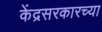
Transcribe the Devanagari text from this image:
केंद्रसरकारच्या